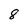
Character: 8